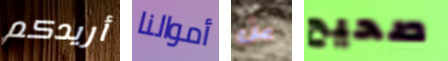
أريدكم أموالنا عن صحيح